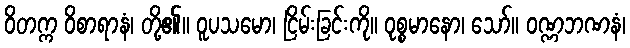
ဝိတက္က ဝိစာရာနံ၊ တို့၏။ ဝူပသမော၊ ငြိမ်းခြင်းကို။ ဝုစ္စမာနော၊ သော်။ ဝဏ္ဏဘဏနံ၊